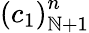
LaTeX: {\left(c_{1}\right)}_{\mathbb{N}+1}^{n}